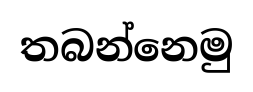
තබන්නෙමු